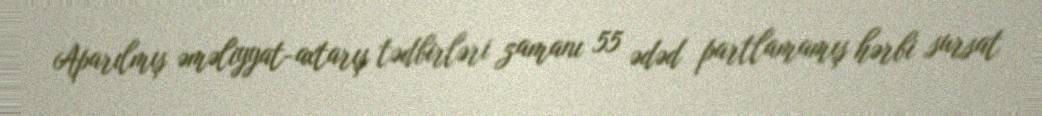
Aparılmış əməliyyat-axtarış tədbirləri zamanı 55 ədəd partlamamış hərbi sursat